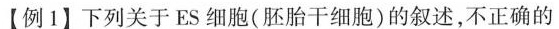
【例1】下列关于ES细胞(胚胎干细胞)的叙述，不正确的